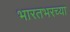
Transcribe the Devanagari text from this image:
भारतभरच्या